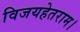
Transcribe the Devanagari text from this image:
विजयहेतराम।